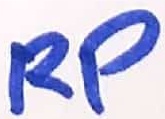
Text: RP